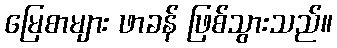
မြေစာများ ဖာခန် ဖြစ်သွားသည်။